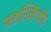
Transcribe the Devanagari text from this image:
यशस्विपणे